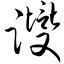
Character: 躞